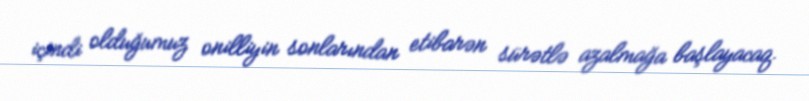
içindi olduğumuz onilliyin sonlarından etibarən sürətlə azalmağa başlayacaq.